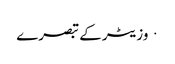
· وزیٹر کے تبصرے